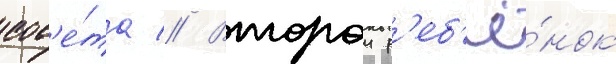
сов'е́та // Второи р'еб'ё́нок